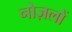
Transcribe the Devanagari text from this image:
नोज़लों